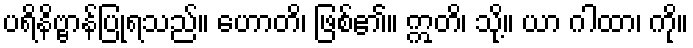
ပရိနိဗ္ဗာန်ပြုရသည်။ ဟောတိ၊ ဖြစ်၏။ ဣတိ၊ သို့။ ယာ ဂါထာ၊ ကို။